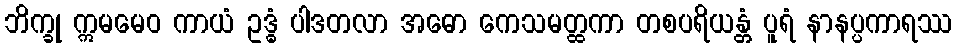
ဘိက္ခု ဣမမေဝ ကာယံ ဥဒ္ဓံ ပါဒတလာ အဓော ကေသမတ္ထကာ တစပရိယန္တံ ပူရံ နာနပ္ပကာရဿ